King Institute of Preventive Medicine Bacteriolog. Section reports 1907-08
Year: 1907
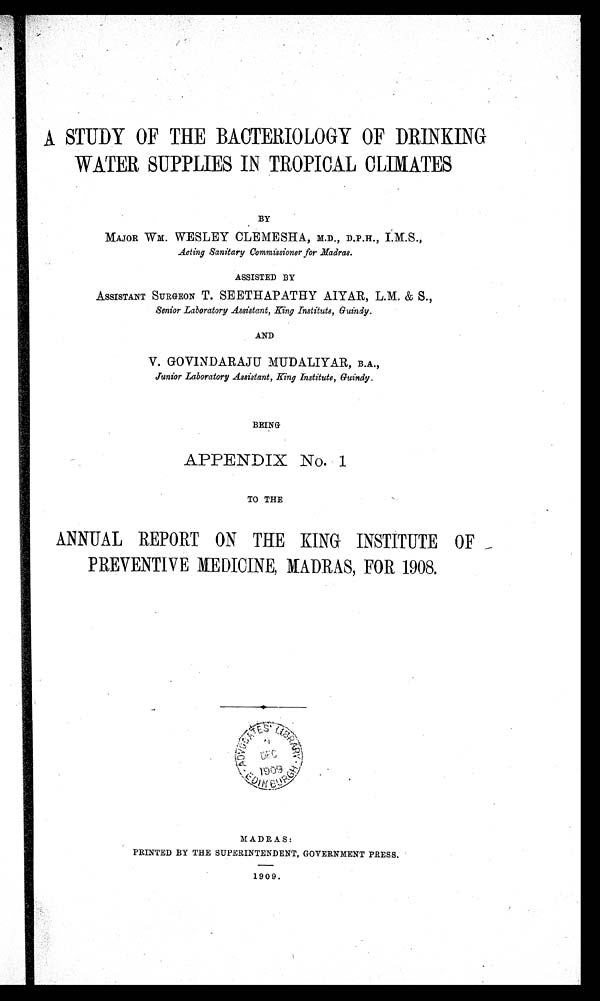
A STUDY OF THE BACTERIOLOGY OF DRINKING
WATER SUPPLIES IN TROPICAL CLIMATES
BY
MAJOR WM. WESLEY CLEMESHA, M.D., D.P.H.,
Acting Sanitary Commissioner for Madras.
ASSISTED BY
ASSISTANT SURGEON T. SEETHAPATHY AIYAR,L.M &S.,
Senior Laboratory Assistant, King Institute, Guindy.
AND
V. GOVINDARAJU MUDALIYAR, B.A.,
Junior Laboratory Assistant, King Institute, Guindy.
BEING
APPENDIX No. 1
TO THE
ANNUAL REPORT ON THE KING INSTITUTE OF
PREVENTIVE MEDICINE, MADRAS, FOR 1908.
MADRAS:
PRINTED BY THE SUPERINTENDENT, GOVERNMENT PRESS.
1909.